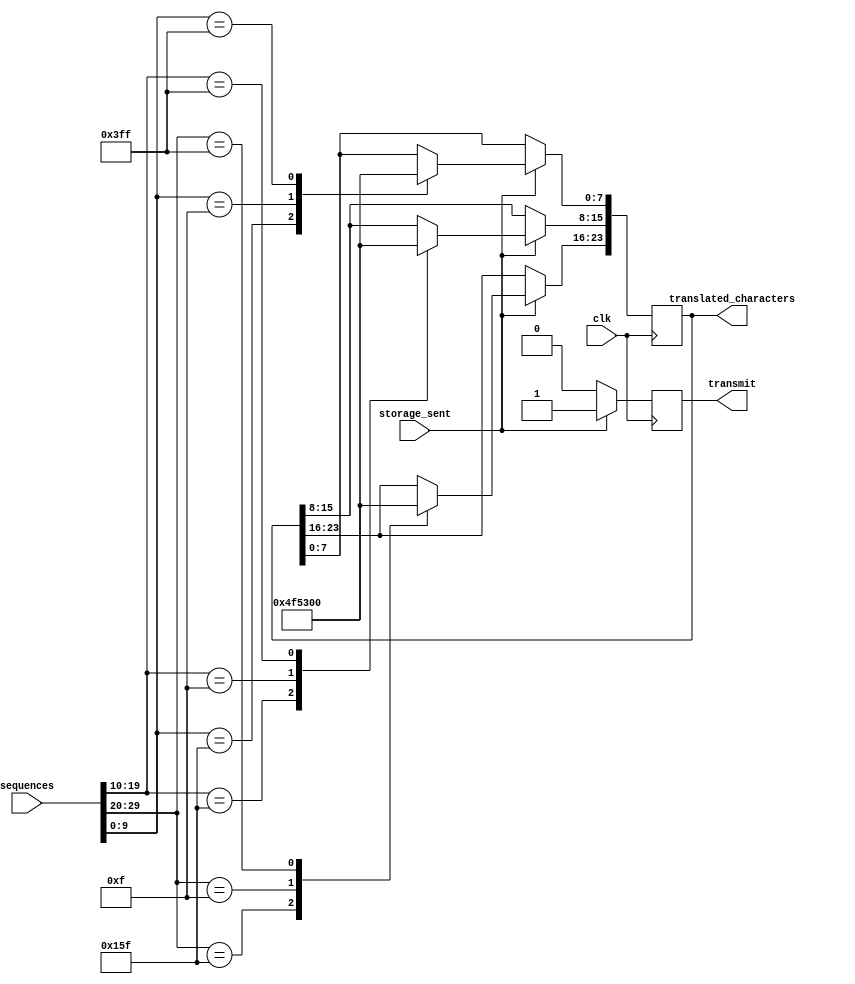
`timescale 1ns / 1ps

module sequence_translator(
    input clk,
    input [29:0] sequences,
    input storage_sent,
    output reg[23:0] translated_characters = 0,
    output reg transmit = 0
    );

    always @ (posedge clk) begin
        if (storage_sent == 1'b1) begin
            case(sequences[29:20]) // First Sequence
                10'b0101011111 :  translated_characters[23:16] = 8'b01001111; // O
                10'b0000001111 :  translated_characters[23:16] = 8'b01010011; // S
                10'b1111111111 :  translated_characters[23:16] = 8'b00000000; //Invalid sequence (null)
            endcase
            case(sequences[19:10]) // Second Sequence
                10'b0101011111 :  translated_characters[15:8] = 8'b01001111; // O
                10'b0000001111 :  translated_characters[15:8] = 8'b01010011; // S
                10'b1111111111 :  translated_characters[15:8] = 8'b00000000; //Invalid sequence (null)
            endcase
            case(sequences[9:0]) // Second Sequence
                10'b0101011111 :  translated_characters[7:0] = 8'b01001111; // O
                10'b0000001111 :  translated_characters[7:0] = 8'b01010011; // S
                10'b1111111111 :  translated_characters[7:0] = 8'b00000000; //Invalid sequence (null)
            endcase
            transmit = 1; // Let transmitter know when to display the characters
        end
        else transmit = 0;
    end
endmodule

//module sequence_translator(
//    input clk,
//    input [29:0] sequences,
//    input storage_sent,
//    output reg[23:0] translated_characters = 0
//    );
    
//    integer i;
    
//    integer counter=0;
//    reg[9:0] temp_seq = 0;
//    reg[23:0] temp_characters = 0;

//    always @ (posedge clk) begin
//        if (storage_sent == 1'b1) begin
//            for (i = 29; i>=0; i=i-1) begin
//                   temp_seq=temp_seq<<1;
//                   temp_seq=temp_seq+sequences[i];
//                   counter=counter+1;
              
//                if(counter%10==0)begin
//                case (temp_seq)  
//                    10'b0101011111 : begin
//                                        temp_characters = temp_characters<<8;
//                                        temp_characters = temp_characters+ 8'b01001111;//O
                                        
//                                     end
//                    10'b0000001111 : begin
//                                        temp_characters=temp_characters<<8;
//                                        temp_characters = temp_characters+ 8'b01010011;//S
                                        
//                                     end
//                    10'b1111111111 : begin
//                                        temp_characters = temp_characters<<8;
//                                        temp_characters = temp_characters+ 8'b00000000; //Invalid sequence (null)
//                                 end                                                                                   
//                endcase
//                temp_seq=10'b0;  // Reset to load next sequence
//                end  
//            end
//            translated_characters<=temp_characters;
//        end
//    end
//endmodule